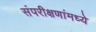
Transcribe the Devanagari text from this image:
संपरीक्षणांमध्ये